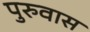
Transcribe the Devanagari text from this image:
पुरुवास